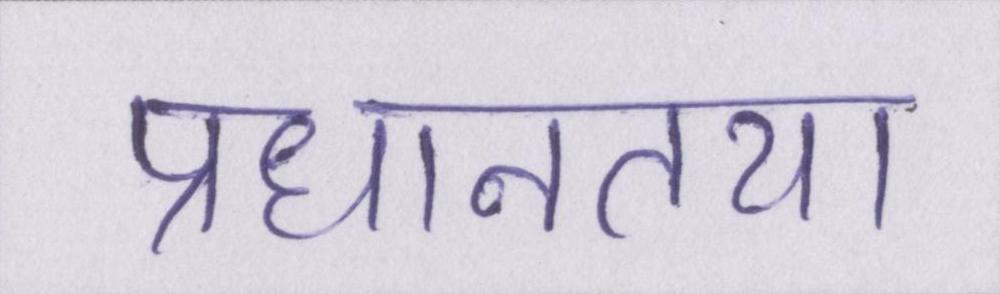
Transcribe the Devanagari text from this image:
प्रधानतया